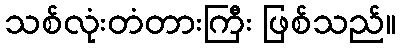
သစ်လုံးတံတားကြီး ဖြစ်သည်။